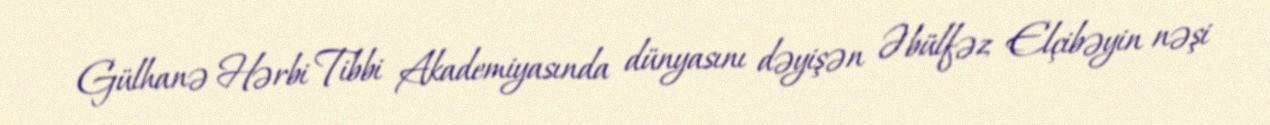
Gülhanə Hərbi Tibbi Akademiyasında dünyasını dəyişən Əbülfəz Elçibəyin nəşi